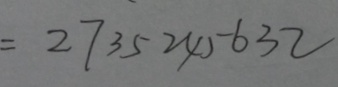
= 2 7 3 5 2 4 5 6 3 2